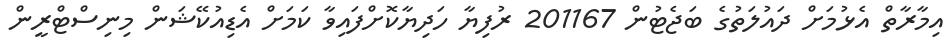
އިމާރާތް އެޅުމަށް ދައުލަތުގެ ބަޖެޓުން 201167 ރުފިޔާ ހަދިޔާކޮށްފައިވާ ކަމަށް އެޑިއުކޭޝަން މިނިސްޓްރީން